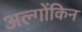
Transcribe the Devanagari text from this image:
अल्गोंकिन